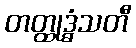
တတ္ထုဒ္ဓံသတီ